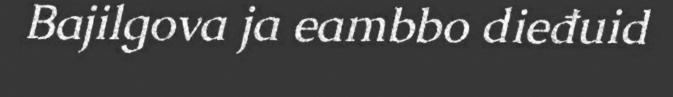
Bajilgova ja eambbo dieđuid